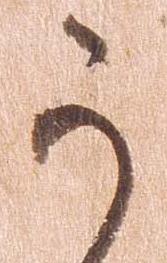
か